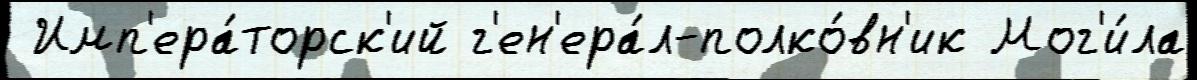
 Имп'ера́торск'ий г'ен'ера́л-полко́вн'ик Мог'и́ла